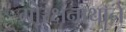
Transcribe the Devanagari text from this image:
गोरक्षनाथानें